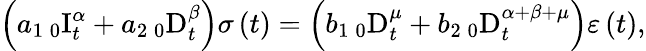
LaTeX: \left(a_{1}\, _{0}\mathrm{I}_{t}^{\alpha}+a_{2}\, _{0}\mathrm{D}_{t}^{\beta}\right)\sigma\left(t\right)=\left(b_{1}\, _{0}\mathrm{D}_{t}^{\mu}+b_{2}\, _{0}\mathrm{D}_{t}^{\alpha+\beta+\mu}\right)\varepsilon\left(t\right),